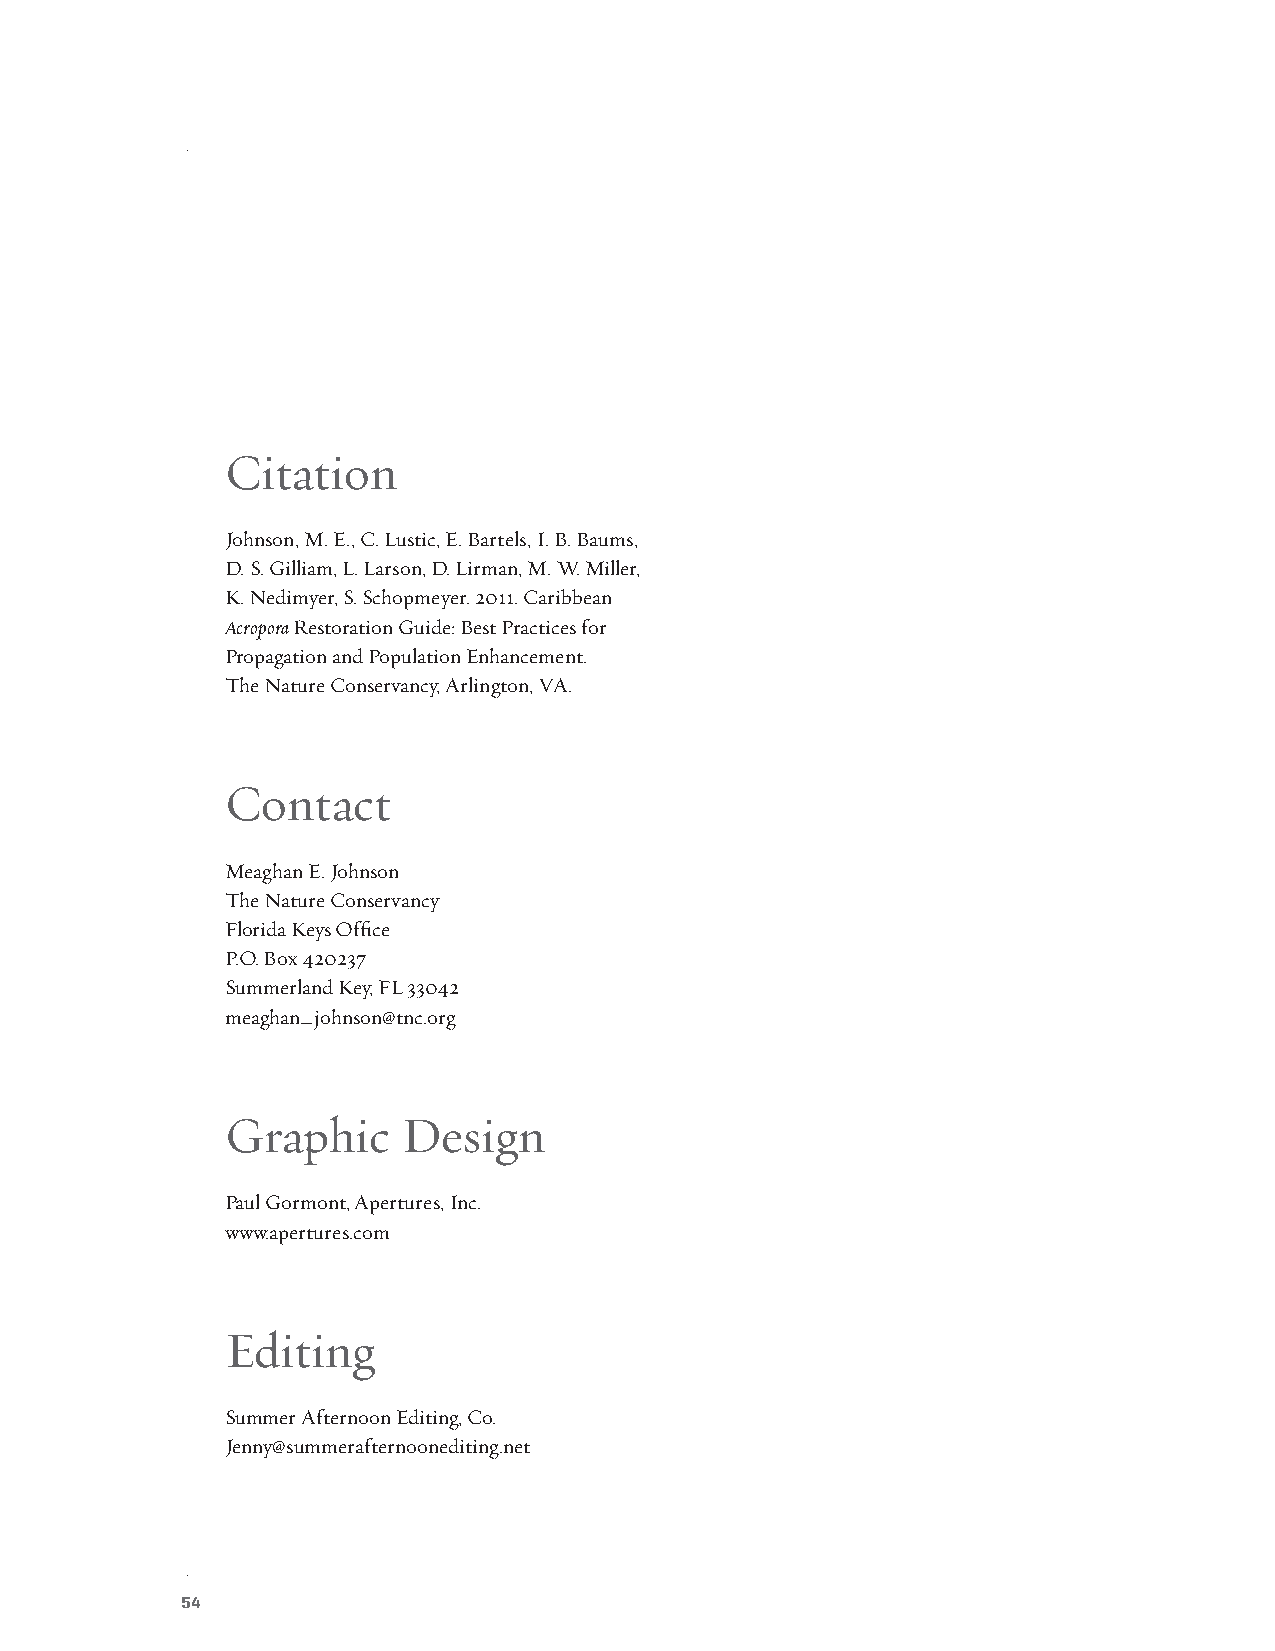
Citation
 Johnson, M. E., C. Lustic, E. Bartels, I. B. Baums,
 D. S. Gilliam, L. Larson, D. Lirman, M. W. Miller,
 K. Nedimyer, S. Schopmeyer. 2011. Caribbean
 Acropora Restoration Guide: Best Practices for
 Propagation and Population Enhancement.
 The Nature Conservancy, Arlington, VA.
 Contact
 Meaghan E. Johnson
 The Nature Conservancy
 Florida Keys Office
 P.O. Box 420237
 Summerland Key, FL 33042
 meaghan_johnson@tnc.org
 Graphic     Design
 Paul Gormont, Apertures, Inc.
 www.apertures.com
 Editing
 Summer Afternoon Editing, Co.
 Jenny@summerafternoonediting.net
 54